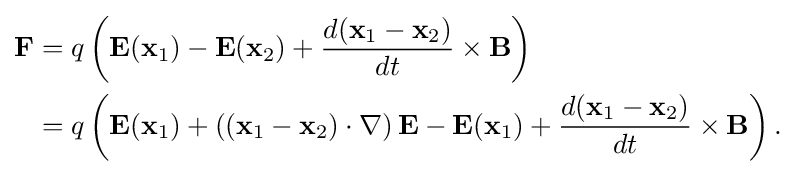
{\begin{aligned}\mathbf {F} &=q\left(\mathbf {E} (\mathbf {x} _{1})-\mathbf {E} (\mathbf {x} _{2})+{\frac {d(\mathbf {x} _{1}-\mathbf {x} _{2})}{dt}}\times \mathbf {B} \right)\\&=q\left(\mathbf {E} (\mathbf {x} _{1})+\left((\mathbf {x} _{1}-\mathbf {x} _{2})\cdot \nabla \right)\mathbf {E} -\mathbf {E} (\mathbf {x} _{1})+{\frac {d(\mathbf {x} _{1}-\mathbf {x} _{2})}{dt}}\times \mathbf {B} \right).\\\end{aligned}}